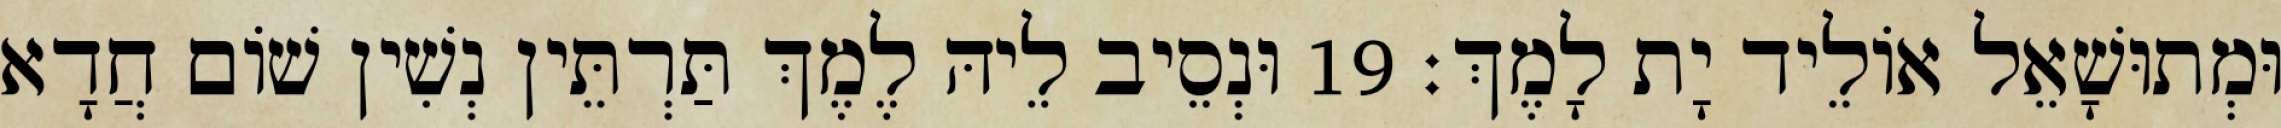
וּמְתוּשָׁאֵל אוֹלֵיד יָת לָמֶךְ׃ 19 וּנְסֵיב לֵיהּ לֶמֶךְ תַּרְתֵּין נְשִׁין שׁוֹם חֲדָא